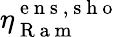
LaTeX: \eta_{\mathrm{~R~a~m~}}^{\mathrm{~e~n~s~,~s~h~o~}}